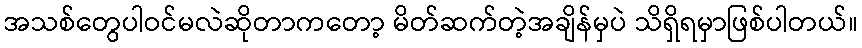
အသစ်တွေပါဝင်မလဲဆိုတာကတော့ မိတ်ဆက်တဲ့အချိန်မှပဲ သိရှိရမှာဖြစ်ပါတယ်။